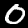
Digit: 0